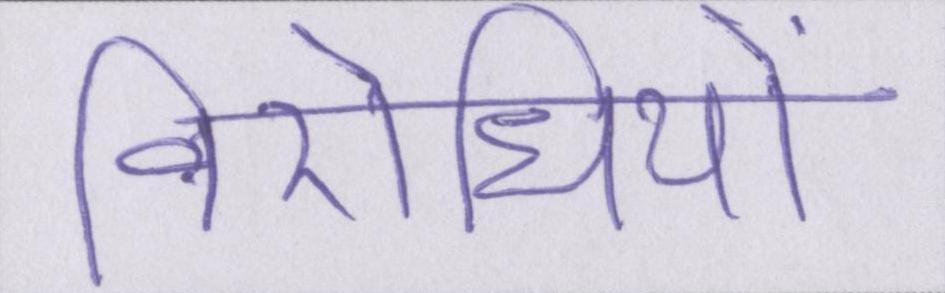
विरोधियों